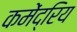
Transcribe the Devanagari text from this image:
कमेंद्रिय